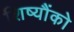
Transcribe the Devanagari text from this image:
शिष्यौंको